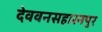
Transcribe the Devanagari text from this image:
देववनसहारनपुर